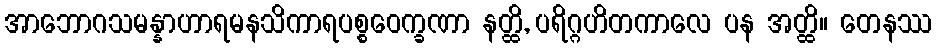
အာဘောဂသမန္နာဟာရမနသိကာရပစ္စဝေက္ခဏာ နတ္ထိ, ပရိဂ္ဂဟိတကာလေ ပန အတ္ထိ။ တေနဿ